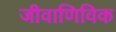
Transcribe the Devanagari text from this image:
जीवाणिविक